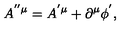
A ^ { ^ { \prime \prime } \mu } = A ^ { ^ { \prime } \mu } + \partial ^ { \mu } \phi ^ { ^ { \prime } } ,